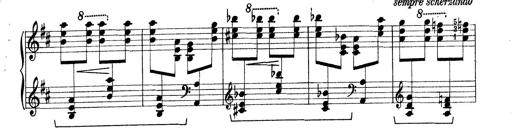
Title: Rapsodie: 19 ungheresi, 1 spagnuola
Composer: Franz Liszt